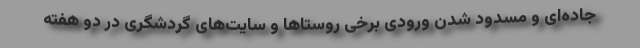
جاده‌ای و مسدود شدن ورودی برخی روستاها و سایت‌های گردشگری در دو هفته